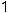
1